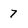
Character: 7